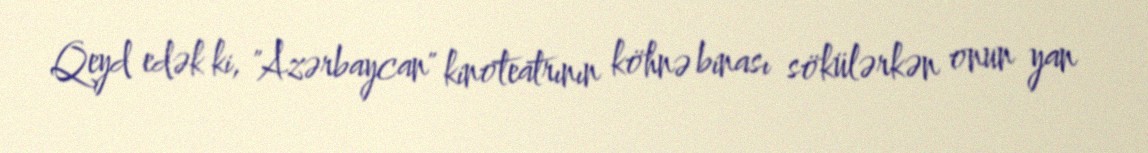
Qeyd edək ki, "Azərbaycan" kinoteatrının köhnə binası sökülərkən onun yan